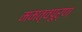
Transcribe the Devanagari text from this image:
ममत्वपूर्ण